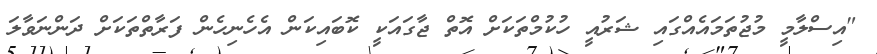
"އިސްލާމީ މުޖުތަމައެއްގައި ޝަރުއީ ހުކުމްތަކަށް އޮތް ޖާގައަކީ ކޮބައިކަން އެހެނިހެން ފަރާތްތަކަށް ދަންނަވާލަ